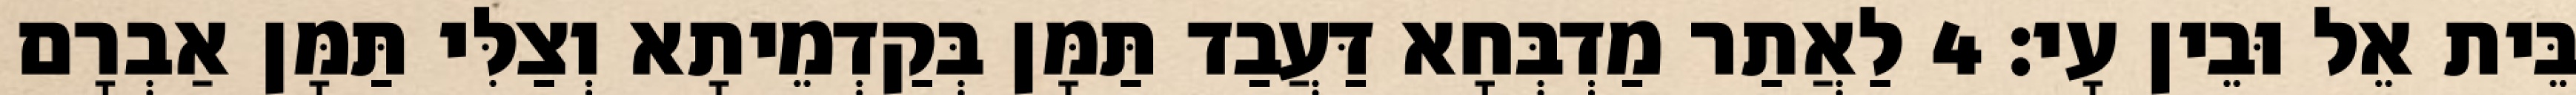
בֵּית אֵל וּבֵין עָי׃ 4 לַאֲתַר מַדְבְּחָא דַּעֲבַד תַּמָּן בְּקַדְמֵיתָא וְצַלִּי תַּמָּן אַבְרָם